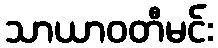
သာယာဝတီမင်း